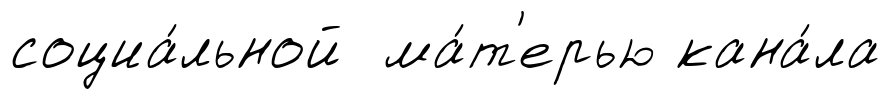
социа́льной ма́т'ерью кана́ла